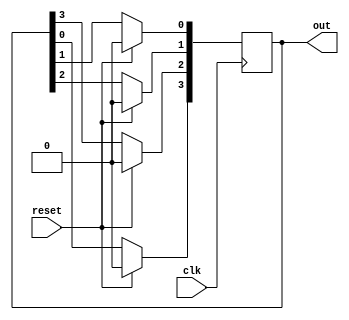
module four_bit_RC(
    input clk,
    input reset,
    output [3:0] out
    );
    
reg[3:0] out = 4'b1001; 
    
always @(posedge clk) begin 
   if (reset) begin  
        out[3] <= 1'b0;
        out[2] <= 1'b0;
        out[1] <= 1'b0;
        out[0] <= 1'b0;
   end
   
   else begin
       out[3] <= out[0]; 
       out[2] <= out[3];
       out[1] <= out[2];
       out[0] <= out[1];  
   end
end
endmodule